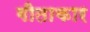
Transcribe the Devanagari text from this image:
गीताकार